Relation of titanus [i.e. tetanus] to the hypodermic or intramuscular injection of quinine - Number 43
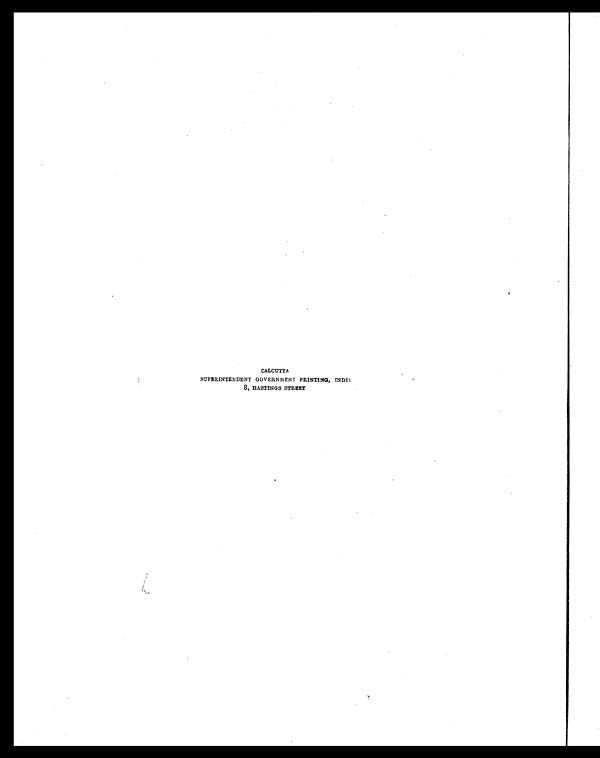
CALCUTTA
SUPERI NTENDENT GOVERNMENT PRI NTI NG, I NDI A
8, HASTI NGS STREET